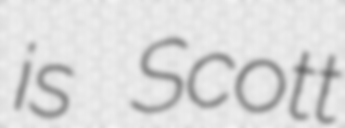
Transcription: is Scott